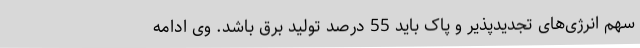
سهم انرژی‌های تجدیدپذیر و پاک باید 55 درصد تولید برق باشد. وی ادامه